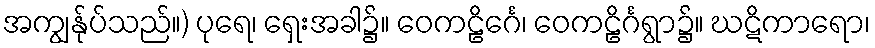
အကျွန်ုပ်သည်။) ပုရေ၊ ရှေးအခါ၌။ ဝေကဠိင်္ဂေ၊ ဝေကဠိင်္ဂရွာ၌။ ဃဋိကာရော၊